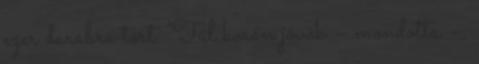
ezer darabra tört. ‘Túl korán jövök – mondotta –,